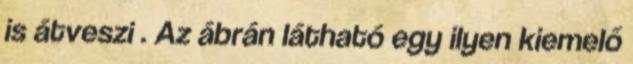
is átveszi . Az ábrán látható egy ilyen kiemelő